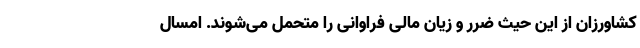
کشاورزان از این حیث ضرر و زیان مالی فراوانی را متحمل می‌شوند. امسال